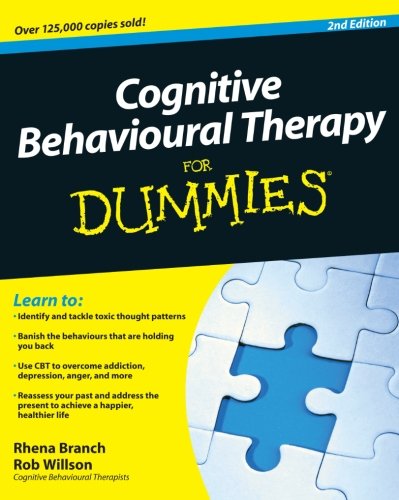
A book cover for Cognitive Behavioural Therapy For Dummies; Rhena Branch; Science & Math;